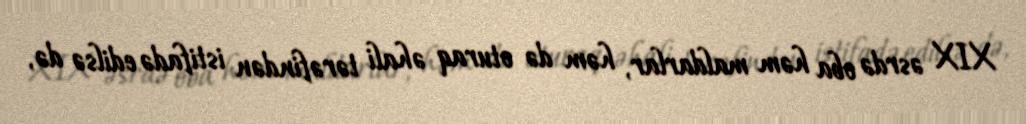
XIX əsrdə oba həm maldarlar, həm də oturaq əhali tərəfindən istifadə edilsə də,